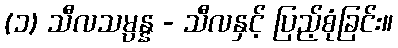
(၁) သီလသမ္ပန္န - သီလနှင့် ပြည့်စုံခြင်း။